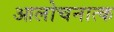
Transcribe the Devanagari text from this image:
आलोचनात्‍क